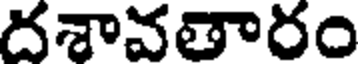
దశావతారం